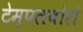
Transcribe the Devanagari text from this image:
टेम्पलबोरो